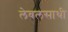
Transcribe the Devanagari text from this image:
लेबलसाथी